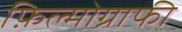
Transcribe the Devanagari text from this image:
फ़िल्मोग्राफी